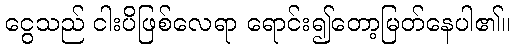
ငွေသည် ငါးပိဖြစ်လေရာ ရောင်း၍တော့မြတ်နေပါ၏။